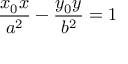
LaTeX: { \frac { x _ { 0 } x } { a ^ { 2 } } } - { \frac { y _ { 0 } y } { b ^ { 2 } } } = 1